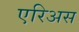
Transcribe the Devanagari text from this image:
एरिअस